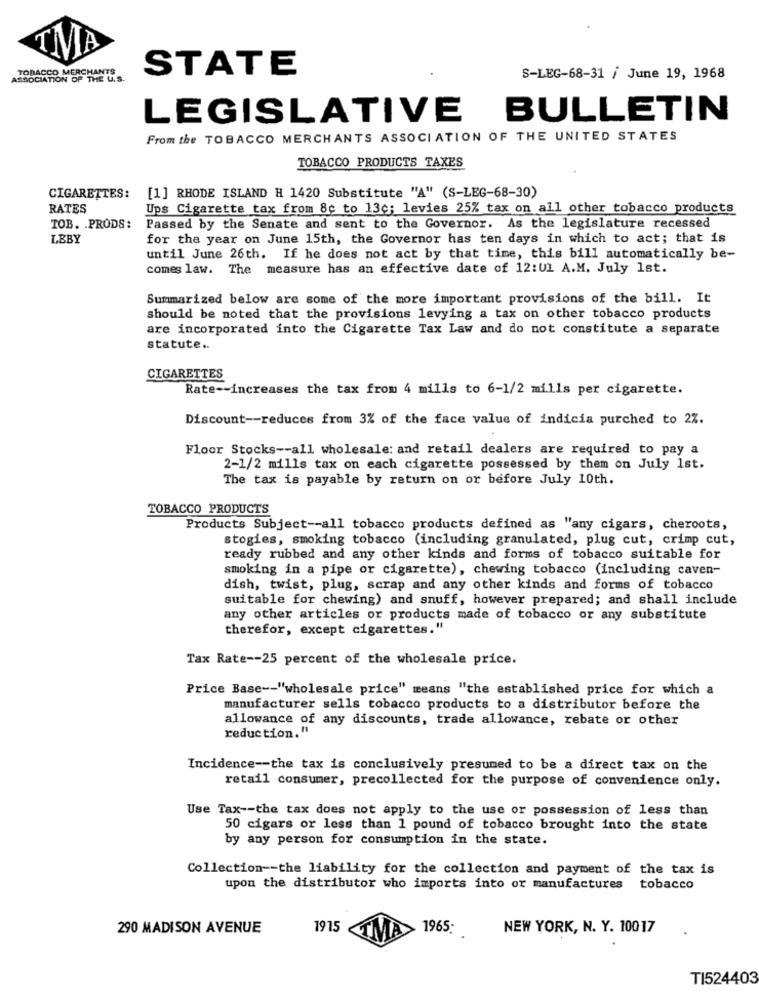
MA
TOBACCO MERCHANTS
STATE
ASSOCIATION OF THE U.S.
S-LEG-68-31 / June 19, 1968
LEGISLATIVE BULLETIN
From the TOBACCO MERCHANTS ASSOCIATION OF THE UNITED STATES
TOBACCO PRODUCTS TAXES
CIGARETTES:
[1] RHODE ISLAND H 1420 Substitute "A" (S-LEG-68-30)
RATES
Ups Cigarette tax from 8c to 13c; levies 25% tax on all other tobacco products
TOB. . PRODS:
Passed by the Senate and sent to the Governor. As the legislature recessed
LEBY
for the year on June 15th, the Governor has ten days in which to act; that is
until June 26th. If he does not act by that time, this bill automatically be-
comes law. The measure has an effective date of 12:01 A.M. July 1st.
Summarized below are some of the more important provisions of the bill. It
should be noted that the provisions levying a tax on other tobacco products
are incorporated into the Cigarette Tax Law and do not constitute a separate
statute ..
CIGARETTES
Rate -- increases the tax from 4 mills to 6-1/2 mills per cigarette.
Discount -- reduces from 3% of the face value of indicia purched to 2%.
Floor Stocks -- all wholesale: and retail dealers are required to pay a
2-1/2 mills tax on each cigarette possessed by them on July 1st.
The tax is payable by return on or before July 10th.
TOBACCO PRODUCTS
Products Subject -- all tobacco products defined as "any cigars, cheroots,
stogies, smoking tobacco (including granulated, plug cut, crimp cut,
ready rubbed and any other kinds and forms of tobacco suitable for
smoking in a pipe or cigarette), chewing tobacco (including caven-
dish, twist, plug, scrap and any other kinds and forms of tobacco
suitable for chewing) and snuff, however prepared; and shall include
any other articles or products made of tobacco or any substitute
therefor, except cigarettes."
Tax Rate -- 25 percent of the wholesale price.
Price Base -- "wholesale price" means "the established price for which a
manufacturer sells tobacco products to a distributor before the
allowance of any discounts, trade allowance, rebate or other
reduction."
Incidence -- the tax is conclusively presumed to be a direct tax on the
retail consumer, precollected for the purpose of convenience only.
Use Tax -- the tax does not apply to the use or possession of less than
50 cigars or less than 1 pound of tobacco brought into the state
by any person for consumption in the state.
Collection -- the liability for the collection and payment of the tax is
upon the distributor who imports into or manufactures tobacco
290 MADISON AVENUE
1915
1965:
NEW YORK, N. Y. 10017
TMA
TI524403